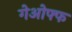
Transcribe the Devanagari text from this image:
गेओफ्फ